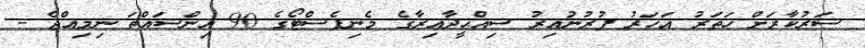
ސަރުކާރަށް ހަތަރު އަހަރު ފުރުނުއިރު ސިއްޙީދާއިރާގެ މެނިފެސްޓޯގެ 90 އިންސައްތަ ނިމިއްޖެ -